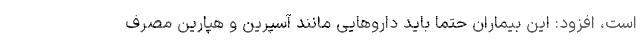
است، افزود: این بیماران حتما باید داروهایی مانند آسپرین و هپارین مصرف